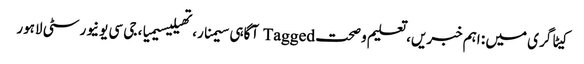
کیٹاگری میں : اہم خبریں، تعلیم و صحت Tagged آگاہی سیمنار، تھیلیسیمیا، جی سی یونیورسٹی لاہور